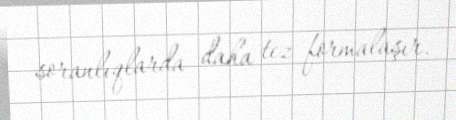
soranlıqlarda daha tez formalaşır.